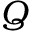
Q